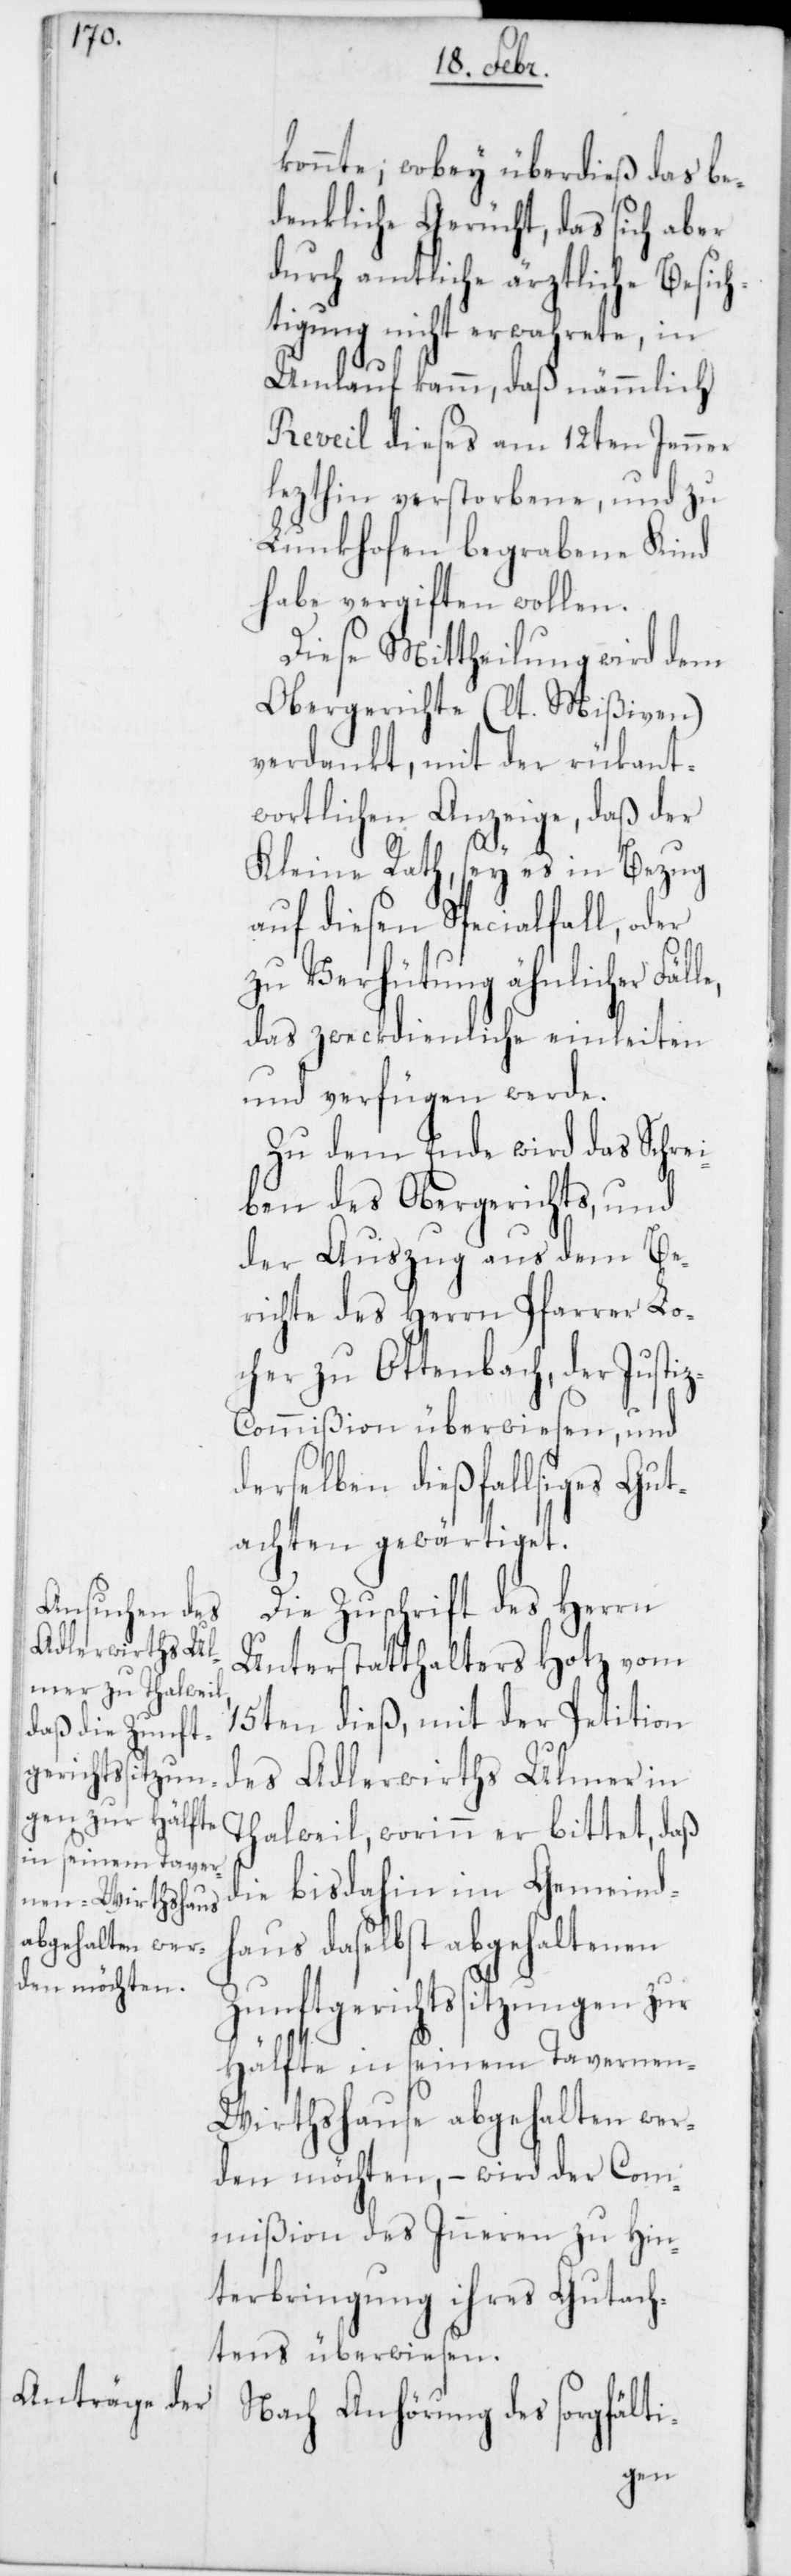
en-Wirthshause
abgehalten wer¬

konnte; wobey überdieß das be¬
denkliche Gerücht, das sich aber
durch amtliche ärztliche Besic¬
tigung nicht erwahrete, in
Reveil dieses am 12ten Jenner
lezthin verstorbene, und zu
Lunkhofen begrabene Kind
habe vergiften wollen.
Diese Mittheilung wird dem
Obergerichte (lt. Mißiven)
verdankt, mit der rükant¬
wortlichen Anzeige, daß der
Kleine Rath, sey es in Bezug
auf diesen Specialfall, oder
zu Verhütung ähnlicher
das zweckdienliche einleiten
und verfügen werde.
Zu dem Ende wird das Schrei¬
ben des Obergerichts, und
der Auszug aus dem Be¬
richte des Herrn Pfarrer Lo¬
cher zu Ottenbach, der Justi¬
ommißion überwiesen, und
derselben dießfallsiges Gut¬
achten gewärtiget.
h¬
Die Zuschrift des Herrn
Unterstatthalters Hotz vom
15ten dieß, mit der Petition
des Adlerwirths Ulmer in
Thalweil, worinn er bittet, daß
die bis dahin im Gemeindh¬
aus daselbst abgehaltenen
Zunftgerichtssitzungen zur
Hälfte in seinem Tavern¬
den möchten, – wird der Com¬
mißion des Inneren zu Hin¬
terbringung ihres Gutach¬
tens überwiesen.
Nach Anhörung des sorgfälti-
z-C¬